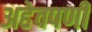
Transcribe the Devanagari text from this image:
अहेवपणी